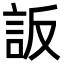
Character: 䛀